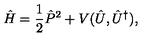
\hat { H } = \frac 1 2 \hat { P } ^ { 2 } + V ( \hat { U } , \hat { U } ^ { \dagger } ) ,